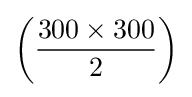
\left({\frac {300\times 300}{2}}\right)